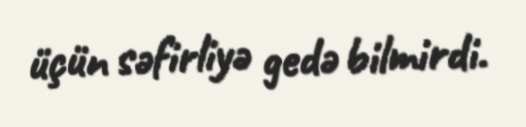
üçün səfirliyə gedə bilmirdi.